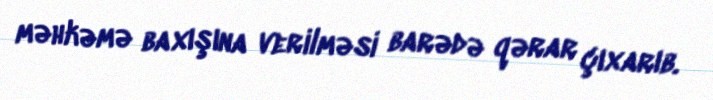
məhkəmə baxışına verilməsi barədə qərar çıxarıb.